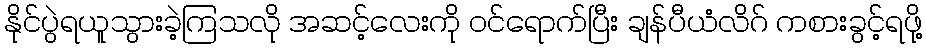
နိုင်ပွဲရယူသွားခဲ့ကြသလို အဆင့်လေးကို ဝင်ရောက်ပြီး ချန်ပီယံလိဂ် ကစားခွင့်ရဖို့